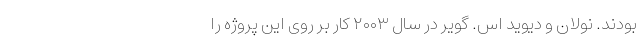
بودند. نولان و دیوید اس. گویر در سال ۲۰۰۳ کار بر روی این پروژه را